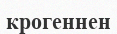
крогеннен